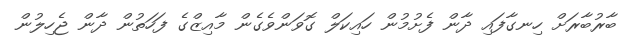
ބާރުބާރަށް ހިނގާފައި ދާން ފެށުމުން ހައިކަލް ގޮވަންވެގެން މާއިޒްގެ ފަހަތުން ދާން ޖެހިލުން